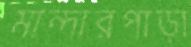
মান্দারপাড়া